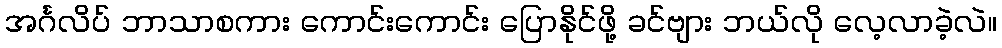
အင်္ဂလိပ် ဘာသာစကား ကောင်းကောင်း ပြောနိုင်ဖို့ ခင်ဗျား ဘယ်လို လေ့လာခဲ့လဲ။